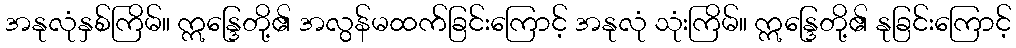
အနုလုံနှစ်ကြိမ်။ ဣန္ဒြေတို့၏ အလွန်မထက်ခြင်းကြောင့် အနုလုံ သုံးကြိမ်။ ဣန္ဒြေတို့၏ နုခြင်းကြောင့်